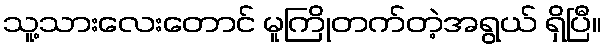
သူ့သားလေးတောင် မူကြိုတက်တဲ့အရွယ် ရှိပြီ။